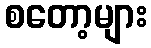
စတော့များ